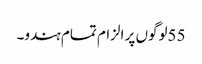
55لوگوں پر الزام تمام ہندو۔